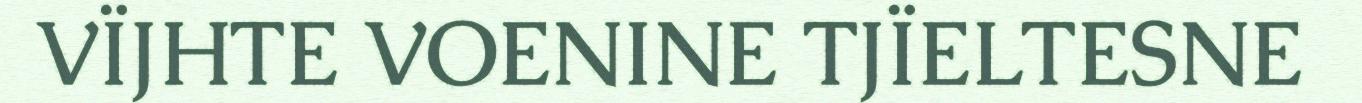
VÏJHTE VOENINE TJÏELTESNE